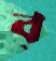
ব্